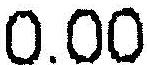
0.00